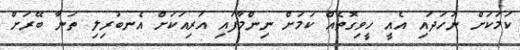
ކަމަކަށް ނުހަދައި އެއީ ހީވިގޮތެއް ކަމަށް ނިންމާފައި އަރިއަކަށް އެނބުރިލި ތަނާ ބޭރަށް